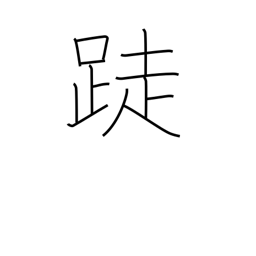
Meaning: barefoot